Indian journal of veterinary science and animal husbandry - Volume 6,
Year: 1936
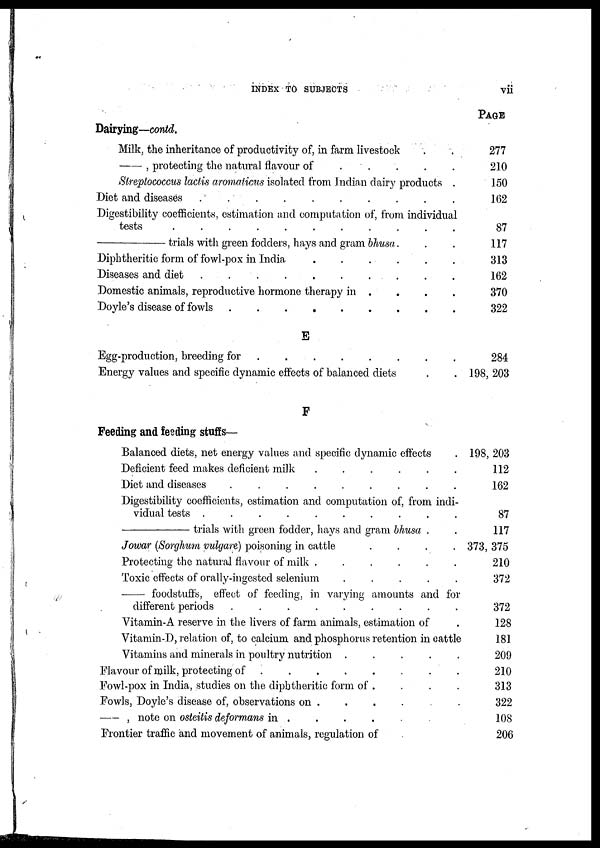
INDEX TO SUBJECTS
vii
Dairying—contd.
Milk, the inheritance of productivity of, in farm livestock . .
—,
protecting the natural flavour of
.
.
.
.
Streptococcus lactis aromaticus isolated from Indian dairy products .
Diet and diseases
..........
Digestibility coefficients, estimation and computation of, from individual
tests
...........
—trials
with green fodders, hays and gram bhusa. . .
Diphtheritic form of fowl-pox in India
......
Diseases and diet
..........
Domestic animals, reproductive hormone therapy in . . . .
Doyle's disease of fowls
E
Egg-production, breeding for
........
Energy values and specific dynamic effects of balanced diets . .
F
Feeding and feeding stuffs—
Balanced diets, net energy values and specific dynamic effects .
Deficient feed makes deficient milk
......
Diet and diseases
.........
Digestibility coefficients, estimation and computation of, from indi-
vidual tests
..........
—trials
with green fodder, hays and gram bhusa . .
Jowar (Sorghum vulgare) poisoning in cattle
....
Protecting the natural flavour of milk
......
Toxic effects of orally-ingested selenium
.....
—
foodstuffs, effect of feeding, in varying amounts and for
different periods
.........
Vitamin-A reserve in the livers of farm animals, estimation of .
Vitamin-D, relation of, to calcium and phosphorus retention in cattle
Vitamins and minerals in poultry nutrition
.....
Flavour of milk, protecting of
........
Fowl-pox in India, studies on the diphtheritic form of . . . .
Fowls, Doyle's disease of, observations on . . . . . .
—,
note on osteitis deformans in . . . . . . .
Frontier traffic and movement of animals, regulation of .
PAGE
277
210
150
162
87
117
313
162
370
322
284
198, 203
198, 203
112
162
87
117
373, 375
210
372
372
128
181
209
210
313
322
108
206